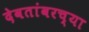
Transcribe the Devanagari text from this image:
देवतांवरच्या